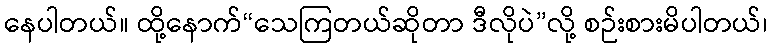
နေပါတယ်။ ထို့နောက်“သေကြတယ်ဆိုတာ ဒီလိုပဲ”လို့ စဉ်းစားမိပါတယ်၊